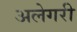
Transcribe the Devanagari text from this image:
अलेगरी